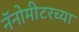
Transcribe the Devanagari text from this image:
नॅनोमीटरच्या